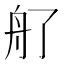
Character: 䑠